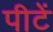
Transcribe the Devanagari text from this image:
पीटें